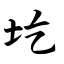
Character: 圪